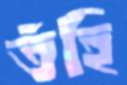
তঁহি